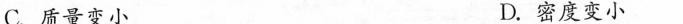
C质量变小 D.密度变小